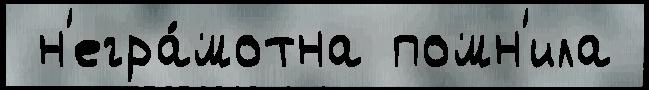
 н'егра́мотна помн'ила